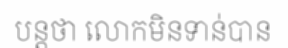
បន្តថា លោកមិនទាន់បាន